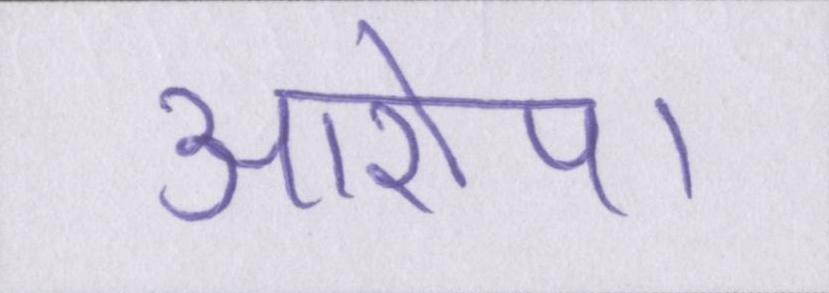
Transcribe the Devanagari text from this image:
आरोप।